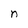
Character: n